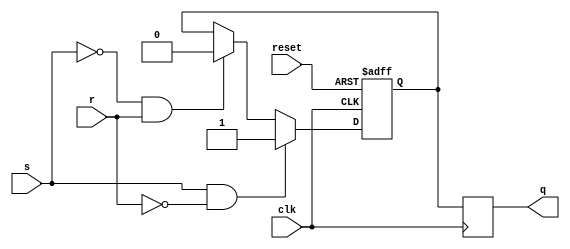
module sr_flip_flop (
    input wire clk,
    input wire reset,
    input wire s,
    input wire r,
    output reg q
);

reg q_m; // master flip-flop output

always @(posedge clk or posedge reset) begin
    if (reset) begin
        q_m <= 1'b0;
    end else begin
        if (s && ~r) begin
            q_m <= 1'b1;
        end else if (~s && r) begin
            q_m <= 1'b0;
        end else begin
           q_m <= q_m;
        end
    end
end

always @(posedge clk) begin
    q <= q_m;
end

endmodule